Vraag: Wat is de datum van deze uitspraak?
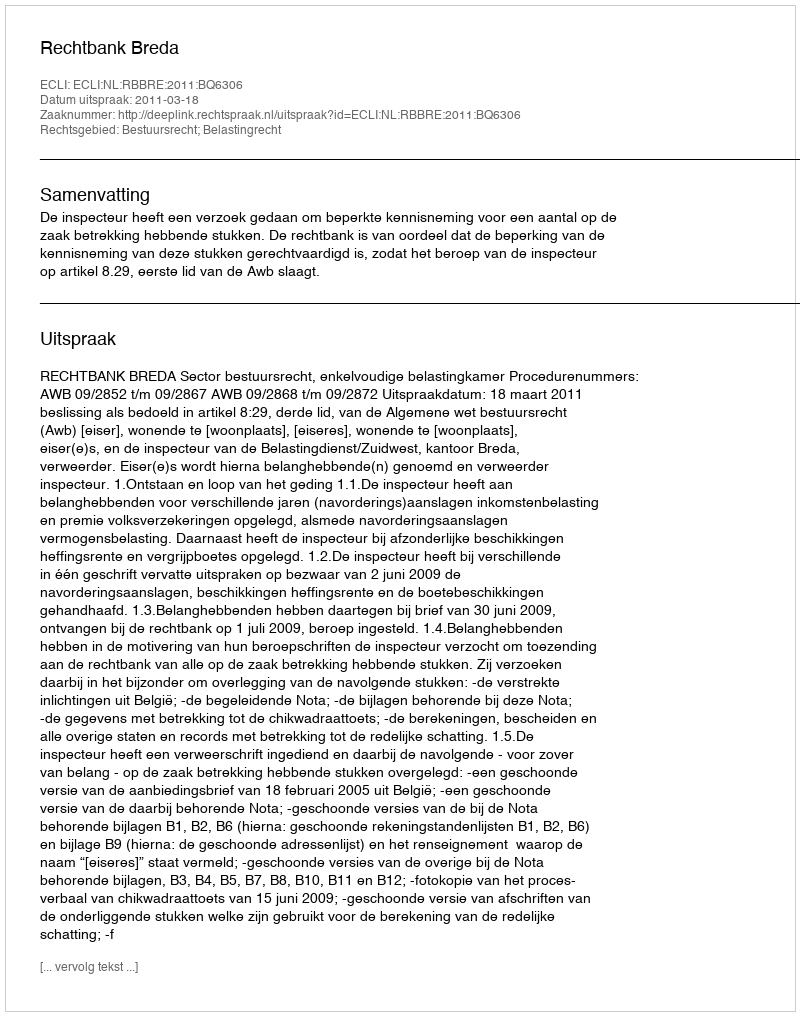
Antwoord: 2011-03-18